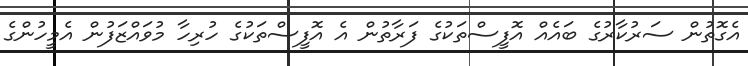
އެގޮތުން ސަރުކާރުގެ ބައެއް އޮފީސްތަކުގެ ފަރާތުން އެ އޮފީސްތަކުގެ ހުރިހާ މުވައްޒަފުން އެމީހުންގެ